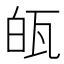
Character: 㼟